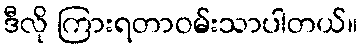
ဒီလို ကြားရတာဝမ်းသာပါတယ်။